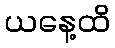
ယနေ့ထိ